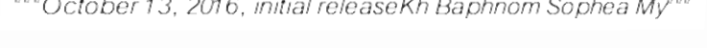
"""October 13, 2016, initial releaseKh Baphnom Sophea My"""